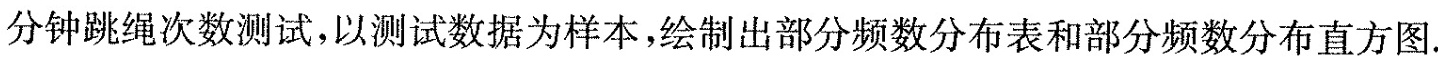
分钟跳绳次数测试，以测试数据为样本，绘制出部分频数分布表和部分频数分布直方图.